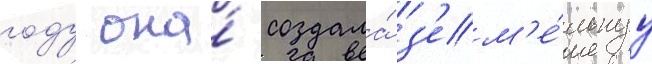
году она́ создала́ з'ем'е́льнуу